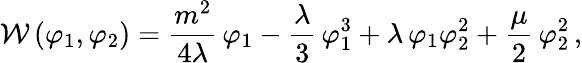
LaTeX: {\cal W}\, (\varphi_{1},\varphi_{2})=\frac{m^{2}}{4\lambda}\, \varphi_{1}-\frac{\lambda}{3}\, \varphi_{1}^{3}+\lambda\, \varphi_{1}\varphi_{2}^{2}+\frac{\mu}{2}\, \varphi_{2}^{2}\, ,